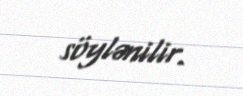
söylənilir.